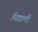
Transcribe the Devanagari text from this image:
मिडाली